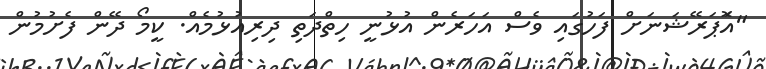
"އަޮޕަރޭޝަނަށް ފަހުގައި ވެސް އަހަރެން އުޅުނީ ހިތްދަތި ދިރިއުޅުމެއް. ކީމޯ ދޭން ފެށުމުން